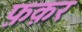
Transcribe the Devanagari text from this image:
फ़क़र